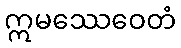
ဣမဿေဝေတံ